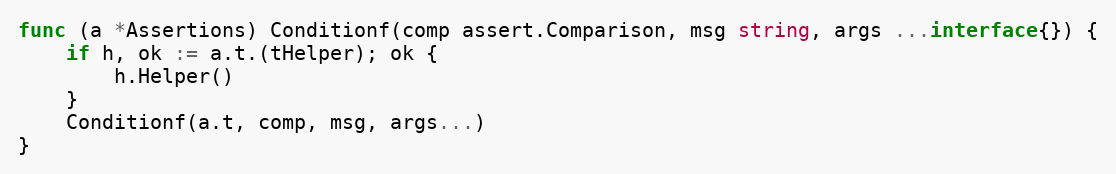
Language: Go
func (a *Assertions) Conditionf(comp assert.Comparison, msg string, args ...interface{}) {
	if h, ok := a.t.(tHelper); ok {
		h.Helper()
	}
	Conditionf(a.t, comp, msg, args...)
}